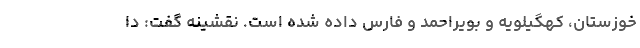
خوزستان، کهگیلویه‌ و بویراحمد و فارس داده شده است. نقشینه گفت: دا